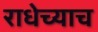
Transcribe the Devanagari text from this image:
राधेच्याच